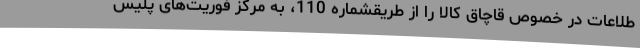
طلاعات در خصوص قاچاق کالا را از طریقشماره 110، به مرکز فوریت‌های پلیس